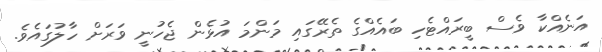
އަނެއްކާ ވެސް ބީރައްޓެހި ބައެއްގެ ތެރޭގައި މަންމަ އުޅެން ޖެހުނީ ވަރަށް ހާލުގައެވެ.